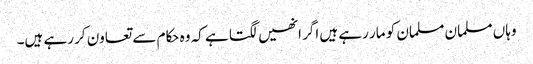
وہاں مسلمان مسلمان کو مار رہے ہیں اگر انھیں لگتا ہے کہ وہ حکام سے تعاون کر رہے ہیں۔